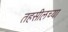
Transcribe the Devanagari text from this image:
तहसीलच्या